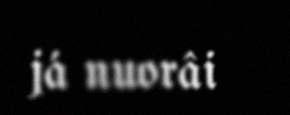
já nuorâi